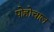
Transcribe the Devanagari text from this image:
पोहोचाल